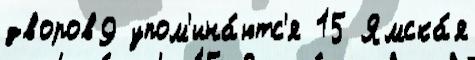
дворов9 упом'ина́ютс'я 15 Ямска́я